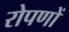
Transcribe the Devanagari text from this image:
रोपणों